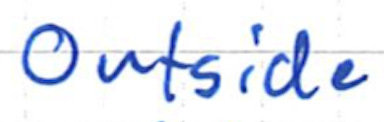
Text: Outside
Cross-out: clean
Writing tool: ballpoint